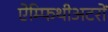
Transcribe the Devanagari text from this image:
ऐम्फिथीअटरों